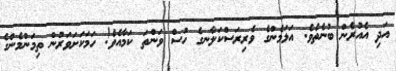
އަދި އެއުރެން ބުނެތެވެ. އަޅަމެންގެ ވެރިރަސްކަލާނގެ ހުސް ވަންތަ ކަމާއެވެ! ހަމަކަށަވަރުން ތިމަންމެންގެ